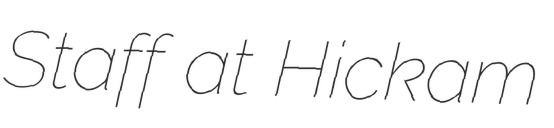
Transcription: Staff at Hickam